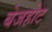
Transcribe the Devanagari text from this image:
बेजहोट